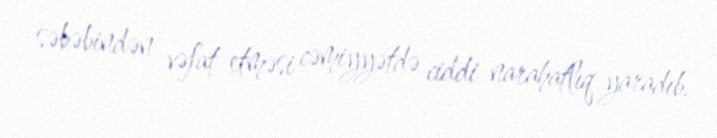
səbəbindən vəfat etməsi cəmiyyətdə ciddi narahatlıq yaradıb.